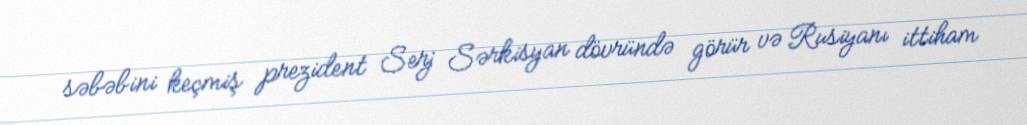
səbəbini keçmiş prezident Serj Sərkisyan dövründə görür və Rusiyanı ittiham